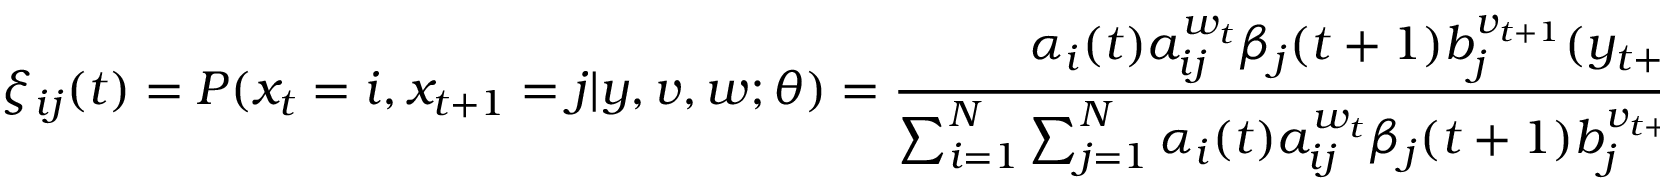
\xi _ { i j } ( t ) = P ( x _ { t } = i , x _ { t + 1 } = j | y , v , w ; \theta ) = { \frac { \alpha _ { i } ( t ) a _ { i j } ^ { w _ { t } } \beta _ { j } ( t + 1 ) b _ { j } ^ { v _ { t + 1 } } ( y _ { t + 1 } ) } { \sum _ { i = 1 } ^ { N } \sum _ { j = 1 } ^ { N } \alpha _ { i } ( t ) a _ { i j } ^ { w _ { t } } \beta _ { j } ( t + 1 ) b _ { j } ^ { v _ { t + 1 } } ( y _ { t + 1 } ) } }